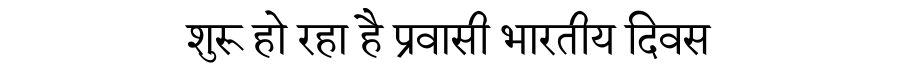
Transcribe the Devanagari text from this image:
शुरू हो रहा है प्रवासी भारतीय दिवस